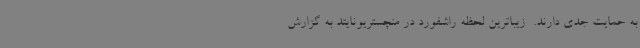
به حمایت جدی دارند. ‌ زیباترین لحظه راشفورد در منچستریونایتد به گزارش